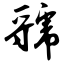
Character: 虢